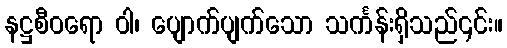
နဋ္ဌစီဝရော ဝါ၊ ပျောက်ပျက်သော သင်္ကန်းရှိသည်၎င်း။